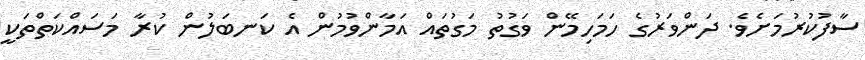
ސާފުކުރުމަށެވެ. ދަންވަރުގެ ހަމަހިމޭން ވަގުތު މަގުތައް އަމާންވުމުން އެ ކަނބަލުން ކުރާ މަސައްކަތްތަކީ